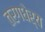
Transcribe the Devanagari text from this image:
तरगधेर्य